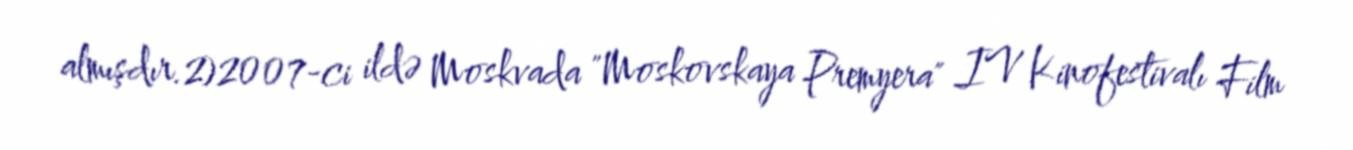
almışdır.2)2007-ci ildə Moskvada "Moskovskaya Premyera" IV Kinofestivalı Film